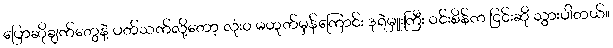
ပြောဆိုချက်တွေနဲ့ ပတ်သက်လို့တော့ လုံးဝ မဟုတ်မှန်ကြောင်း ဒုရဲမှူးကြီး ဝင်းစိန်က ငြင်းဆို သွားပါတယ်။